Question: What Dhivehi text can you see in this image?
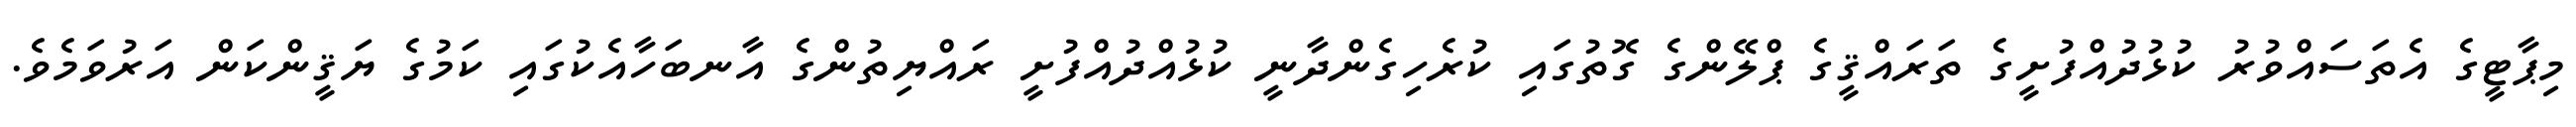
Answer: މިޕާޓީގެ އެތަސައްވުރު ކުޅުދުއްފުށީގެ ތަރައްޤީގެ ޕްލޭންގެ ގޮތުގައި ކުރެހިގެންދާނީ ކުޅުއްދުއްފުށީ ރައްޔިތުންގެ އާނބަހާއެކުގައި ކަމުގެ ޔަޤީންކަން އަރުވަމެވެ.